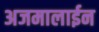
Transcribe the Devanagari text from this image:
अजमालाईन